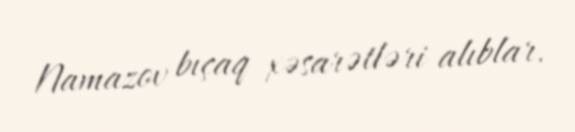
Namazov bıçaq xəsarətləri alıblar.